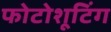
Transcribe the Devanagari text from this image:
फोटोशूटिंग